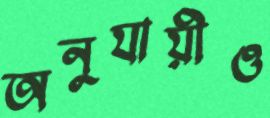
অনুযায়ীও